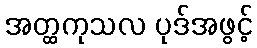
အတ္ထကုသလ ပုဒ်အဖွင့်